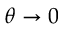
\theta \to 0